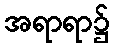
အရာရာ၌